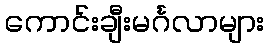
ကောင်းချီးမင်္ဂလာများ